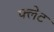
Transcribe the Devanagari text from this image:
फ्लेट